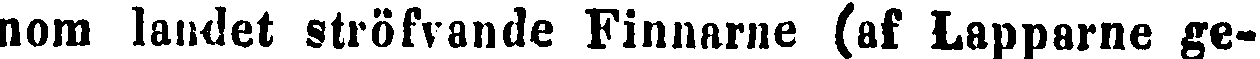
nom landet ströfvande Finnarne (af Lapparne ge-